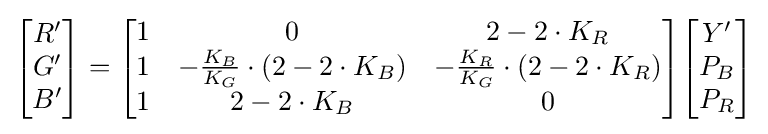
{\begin{bmatrix}R'\\G'\\B'\end{bmatrix}}={\begin{bmatrix}1&0&2-2\cdot K_{R}\\1&-{\frac {K_{B}}{K_{G}}}\cdot (2-2\cdot K_{B})&-{\frac {K_{R}}{K_{G}}}\cdot (2-2\cdot K_{R})\\1&2-2\cdot K_{B}&0\end{bmatrix}}{\begin{bmatrix}Y'\\P_{B}\\P_{R}\end{bmatrix}}